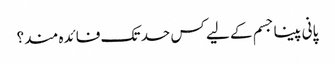
پانی پینا جسم کے لیے کس حد تک فائدہ مند؟